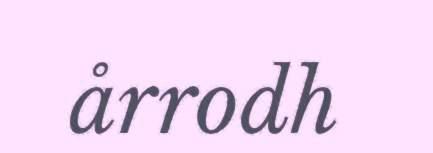
årrodh